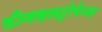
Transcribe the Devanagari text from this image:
फ़ीनाइलट्रोपेन्स